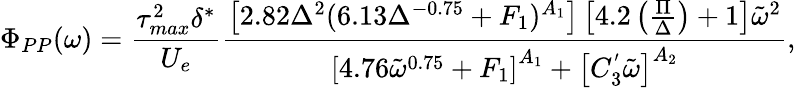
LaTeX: \Phi_{PP}(\omega)=\frac{\tau_{max}^{2}\delta^{*}}{U_{e}}\frac{\left[2.82\Delta^{2}(6.13\Delta^{-0.75}+F_{1})^{A_{1}}\right]\left[4.2\left(\frac{\Pi}{\Delta}\right)+1\right]\tilde{\omega}^{2}}{\left[4.76\tilde{\omega}^{0.75}+F_{1}\right]^{A_{1}}+\left[C_{3}^{'}\tilde{\omega}\right]^{A_{2}}},